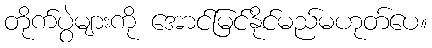
တိုက်ပွဲများကို အောင်မြင်နိုင်မည်မဟုတ်ပေ။